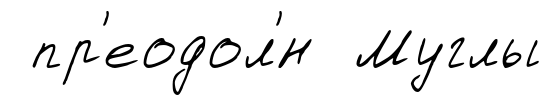
пр'еодол'́н Муглы